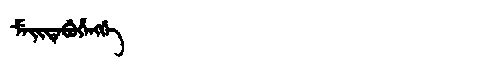
Manchu: ᠮᡝᡳᡨᡝᠪᡠᡥᡝᠩᡤᡝ
Romanization: MEITEBUHENGGE